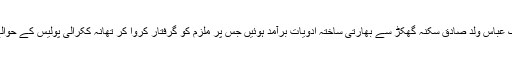
دوران چیکنگ عباس ولد صادق سکنہ گھکڑ سے بھارتی ساختہ ادویات برآمد ہوئیں جس پر ملزم کو گرفتار کروا کر تھانہ ککرالی پولیس کے حوالے کر دیا گیا۔